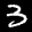
Label: 3